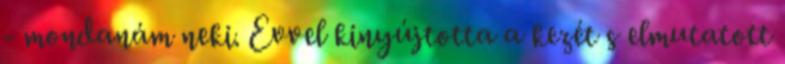
- mondanám neki. Evvel kinyújtotta a kezét s elmutatott